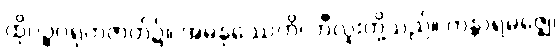
ထိုပဉ္စဂရုကဇာတ်၌။ အမနုဿေဟိ၊ ဘီလူးတို့သည်။ ကန္တာရမဇ္ဈေ၊